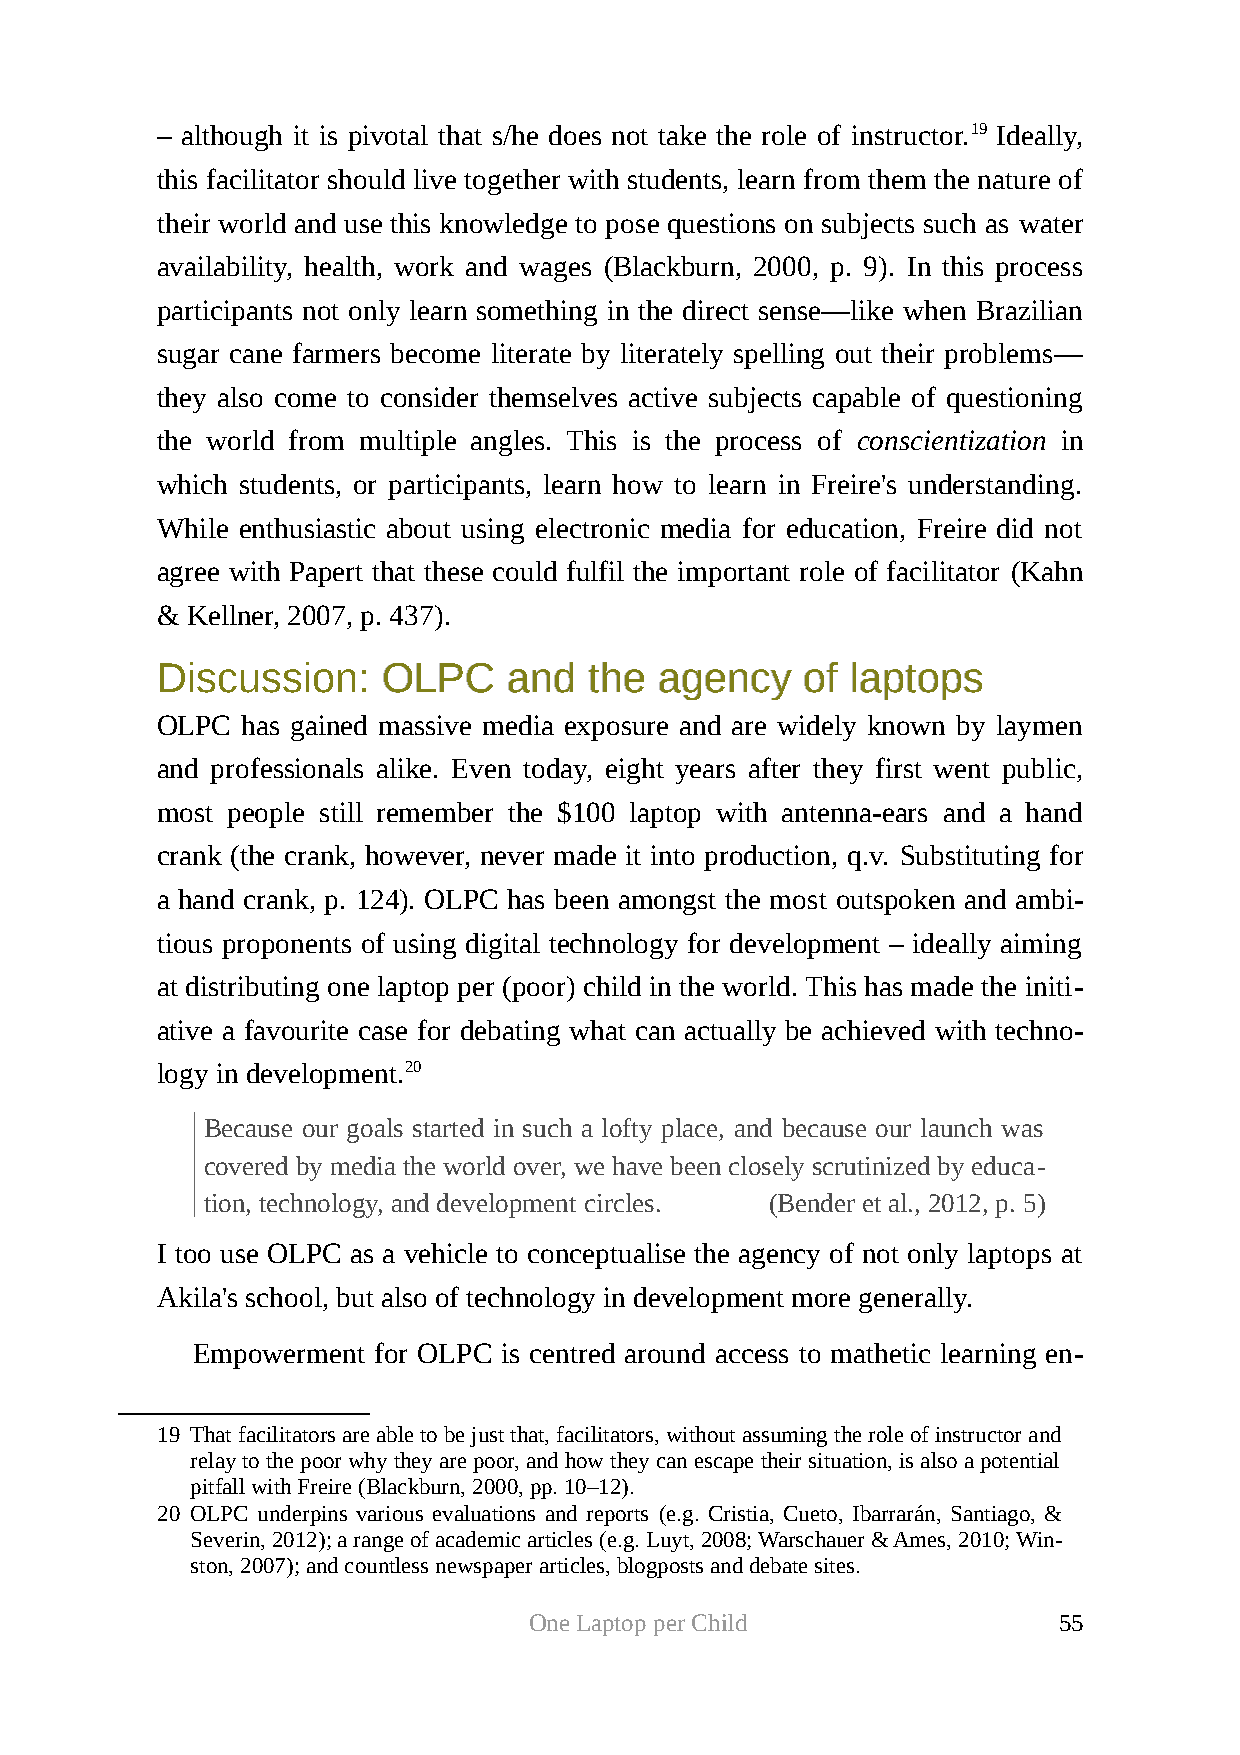
– although it is pivotal that s/he does not take the role of instructor.19 Ideally,
 this facilitator should live together with students, learn from them the nature of
 their world and use this knowledge to pose questions on subjects such as water
 availability, health, work and wages (Blackburn, 2000, p. 9). In this process
 participants not only learn something in the direct sense—like when Brazilian
 sugar cane farmers become literate by literately spelling out their problems—
 they also come to consider themselves active subjects capable of questioning
 the world from multiple angles. This is the process of conscientization in
 which students, or participants, learn how to learn in Freire's understanding.
 While enthusiastic about using electronic media for education, Freire did not
 agree with Papert that these could fulfil the important role of facilitator (Kahn
 & Kellner, 2007, p. 437).
 DDiissccuussssiioonn:: OOLLPPCC aanndd tthhee aaggeennccyy ooff llaappttooppss
 OLPC  has gained massive media exposure and are widely known by laymen
 and professionals alike. Even today, eight years after they first went public,
 most people still remember the $100 laptop with antenna-ears and a hand
 crank (the crank, however, never made it into production, q.v. Substituting for
 a hand crank, p. 124). OLPC has been amongst the most outspoken and ambi-
 tious proponents of using digital technology for development – ideally aiming
 at distributing one laptop per (poor) child in the world. This has made the initi-
 ative a favourite case for debating what can actually be achieved with techno-
 logy in development.20
 Because our goals started in such a lofty place, and because our launch was
 covered by media the world over, we have been closely scrutinized by educa-
 tion, technology, and development circles. (Bender et al., 2012, p. 5)
 I too use OLPC as a vehicle to conceptualise the agency of not only laptops at
 Akila's school, but also of technology in development more generally.
 Empowerment for OLPC is centred around access to mathetic learning en-
 19 That facilitators are able to be just that, facilitators, without assuming the role of instructor and
 relay to the poor why they are poor, and how they can escape their situation, is also a potential
 pitfall with Freire (Blackburn, 2000, pp. 10–12).
 20 OLPC underpins various evaluations and reports (e.g. Cristia, Cueto, Ibarrarán, Santiago, &
 Severin, 2012); a range of academic articles (e.g. Luyt, 2008; Warschauer & Ames, 2010; Win-
 ston, 2007); and countless newspaper articles, blogposts and debate sites.
 One Laptop per Child               55